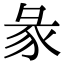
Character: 彖